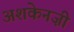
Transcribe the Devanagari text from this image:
अशकेनज़ी